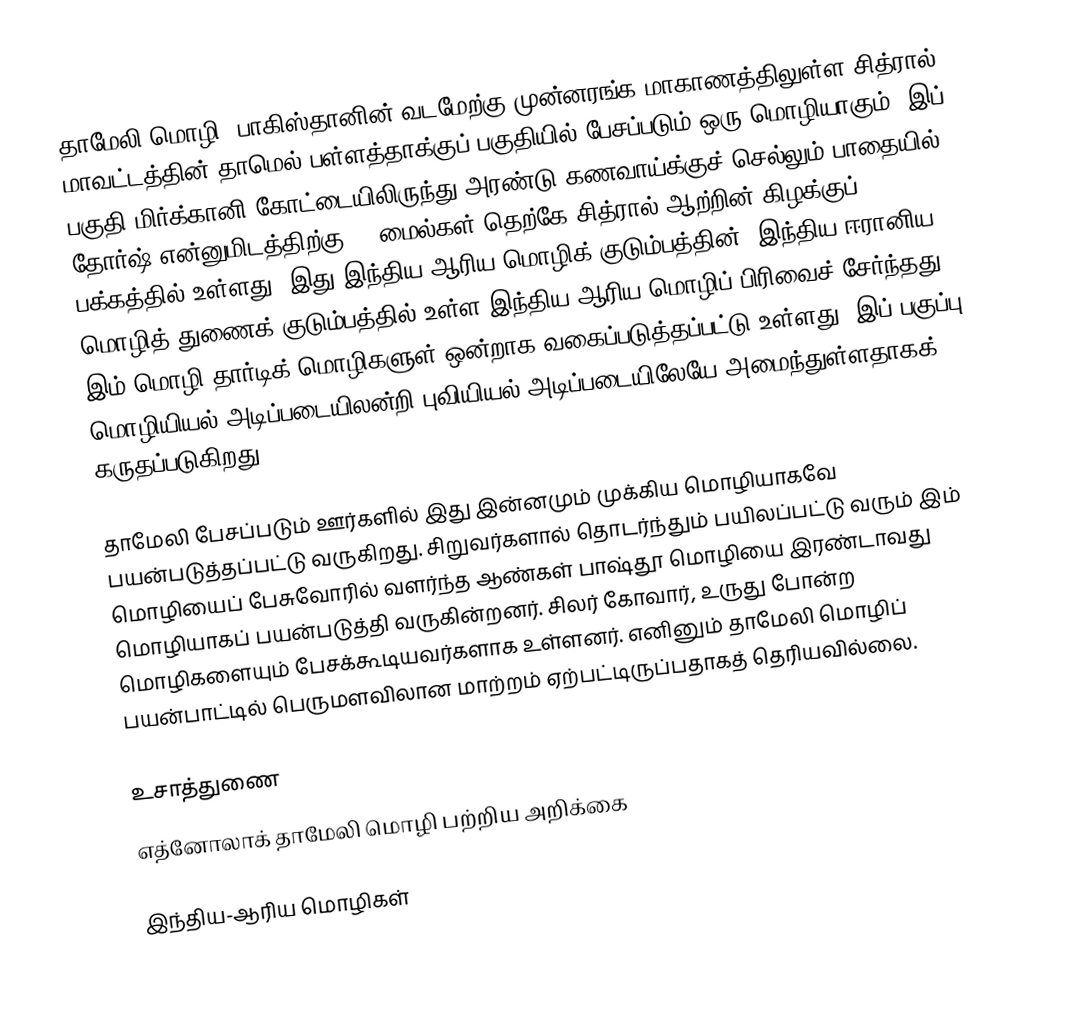
தாமேலி மொழி, பாகிஸ்தானின் வடமேற்கு முன்னரங்க மாகாணத்திலுள்ள சித்ரால் மாவட்டத்தின் தாமெல் பள்ளத்தாக்குப் பகுதியில் பேசப்படும் ஒரு மொழியாகும். இப் பகுதி மிர்க்கானி கோட்டையிலிருந்து அரண்டு கணவாய்க்குச் செல்லும் பாதையில் தோர்ஷ் என்னுமிடத்திற்கு 10 மைல்கள் தெற்கே சித்ரால் ஆற்றின் கிழக்குப் பக்கத்தில் உள்ளது. இது இந்திய-ஆரிய மொழிக் குடும்பத்தின், இந்திய-ஈரானிய மொழித் துணைக் குடும்பத்தில் உள்ள இந்திய-ஆரிய மொழிப் பிரிவைச் சேர்ந்தது. இம் மொழி தார்டிக் மொழிகளுள் ஒன்றாக வகைப்படுத்தப்பட்டு உள்ளது. இப் பகுப்பு மொழியியல் அடிப்படையிலன்றி புவியியல் அடிப்படையிலேயே அமைந்துள்ளதாகக் கருதப்படுகிறது.

தாமேலி பேசப்படும் ஊர்களில் இது இன்னமும் முக்கிய மொழியாகவே பயன்படுத்தப்பட்டு வருகிறது. சிறுவர்களால் தொடர்ந்தும் பயிலப்பட்டு வரும் இம் மொழியைப் பேசுவோரில் வளர்ந்த ஆண்கள் பாஷ்தூ மொழியை இரண்டாவது மொழியாகப் பயன்படுத்தி வருகின்றனர். சிலர் கோவார், உருது போன்ற மொழிகளையும் பேசக்கூடியவர்களாக உள்ளனர். எனினும் தாமேலி மொழிப் பயன்பாட்டில் பெருமளவிலான மாற்றம் ஏற்பட்டிருப்பதாகத் தெரியவில்லை.

உசாத்துணை
 எத்னோலாக் தாமேலி மொழி பற்றிய அறிக்கை

இந்திய-ஆரிய மொழிகள்